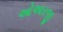
ઓઆરજી